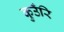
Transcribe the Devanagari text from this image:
कुउँरि